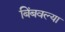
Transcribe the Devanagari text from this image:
बिंबवल्या